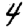
Digit: 4